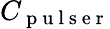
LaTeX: C_{\mathrm{~p~u~l~s~e~r~}}